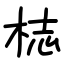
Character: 梽